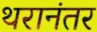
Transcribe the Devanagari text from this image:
थरानंतर